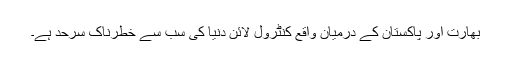
بھارت اور پاکستان کے درمیان واقع کنٹرول لائن دنیا کی سب سے خطرناک سرحد ہے۔